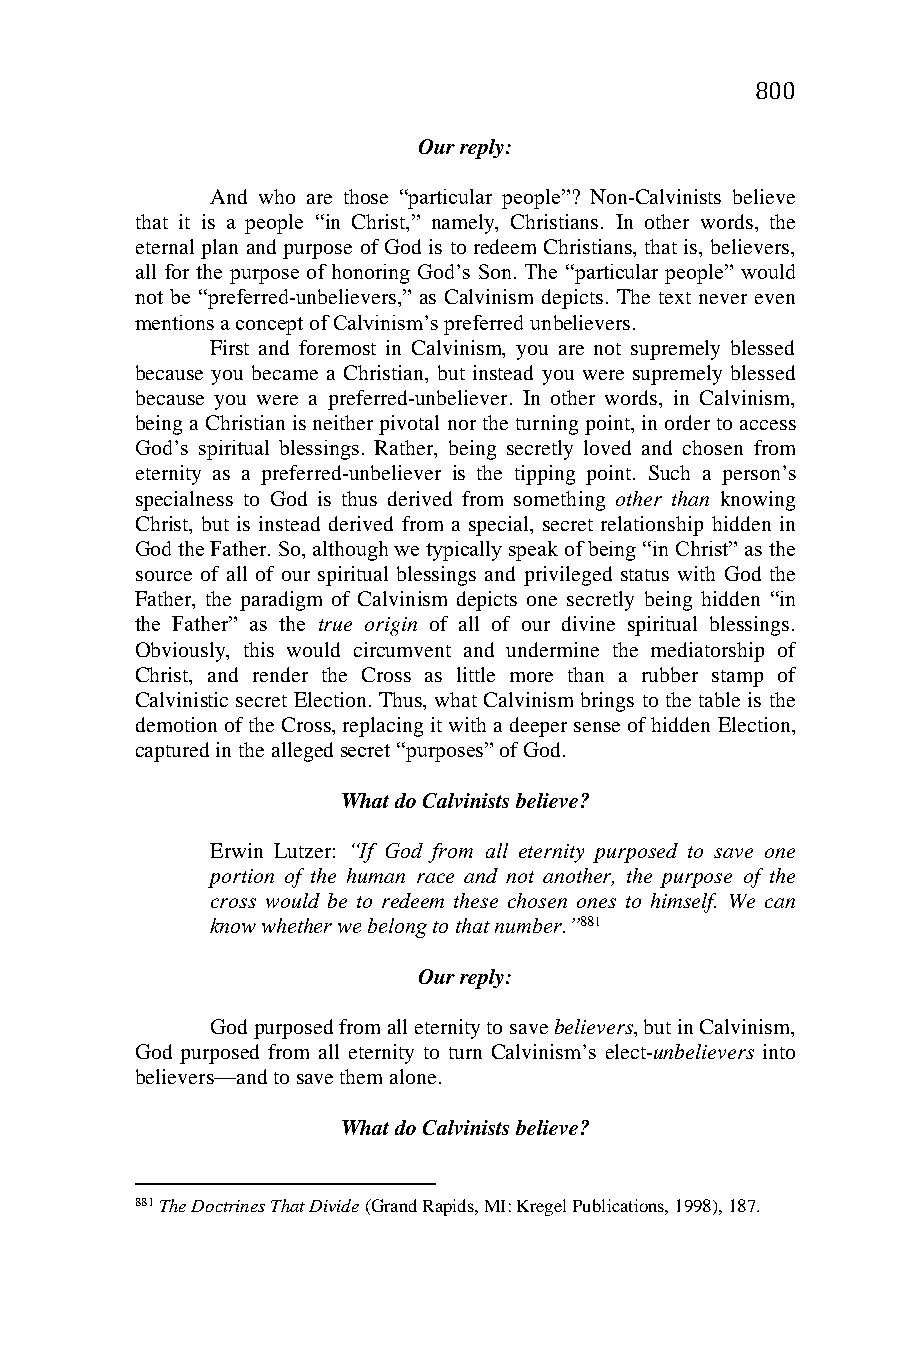
800
 Our reply:
 And who are those “particular people”? Non-Calvinists believe
 that it is a people “in Christ,” namely, Christians. In other words, the
 eternal plan and purpose of God is to redeem Christians, that is, believers,
 all for the purpose of honoring God’s Son. The “particular people” would
 not be “preferred-unbelievers,” as Calvinism depicts. The text never even
 mentions a concept of Calvinism’s preferred unbelievers.
 First and foremost in Calvinism, you are not supremely blessed
 because you became a Christian, but instead you were supremely blessed
 because you were a preferred-unbeliever. In other words, in Calvinism,
 being a Christian is neither pivotal nor the turning point, in order to access
 God’s spiritual blessings. Rather, being secretly loved and chosen from
 eternity as a preferred-unbeliever is the tipping point. Such a person’s
 specialness to God is thus derived from something other than knowing
 Christ, but is instead derived from a special, secret relationship hidden in
 God the Father. So, although we typically speak of being “in Christ” as the
 source of all of our spiritual blessings and privileged status with God the
 Father, the paradigm of Calvinism depicts one secretly being hidden “in
 the Father” as the true origin of all of our divine spiritual blessings.
 Obviously, this would circumvent and undermine the mediatorship of
 Christ, and render the Cross as little more than a rubber stamp of
 Calvinistic secret Election. Thus, what Calvinism brings to the table is the
 demotion of the Cross, replacing it with a deeper sense of hidden Election,
 captured in the alleged secret “purposes” of God.
 What do Calvinists believe?
 Erwin Lutzer: “If God from all eternity purposed to save one
 portion of the human race and not another, the purpose of the
 cross would be to redeem these chosen ones to himself. We can
 know whether we belong to that number.”881
 Our reply:
 God purposed from all eternity to save believers, but in Calvinism,
 God purposed from all eternity to turn Calvinism’s elect-unbelievers into
 believers—and to save them alone.
 What do Calvinists believe?
 881 The Doctrines That Divide (Grand Rapids, MI: Kregel Publications, 1998), 187.